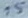
Text: 15